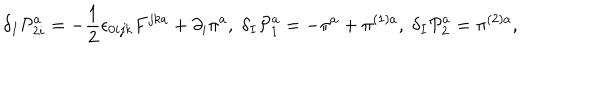
\delta _ { I } \mathcal { P } _ { 2 i } ^ { a } = - \frac { 1 } { 2 } \epsilon _ { 0 i j k } F ^ { j k a } + \partial _ { i } \pi ^ { a } , \; \delta _ { I } \mathcal { P } _ { 1 } ^ { a } = - \pi ^ { a } + \pi ^ { ( 1 ) a } , \; \delta _ { I } \mathcal { P } _ { 2 } ^ { a } = \pi ^ { ( 2 ) a } ,